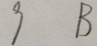
9 B